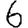
Digit: 6